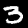
Digit: 3